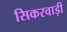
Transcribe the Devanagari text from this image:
सिकरवाड़ी